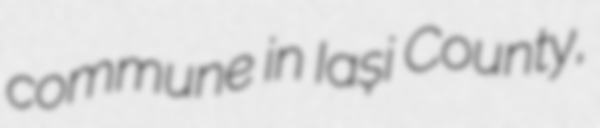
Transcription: commune in Iași County,